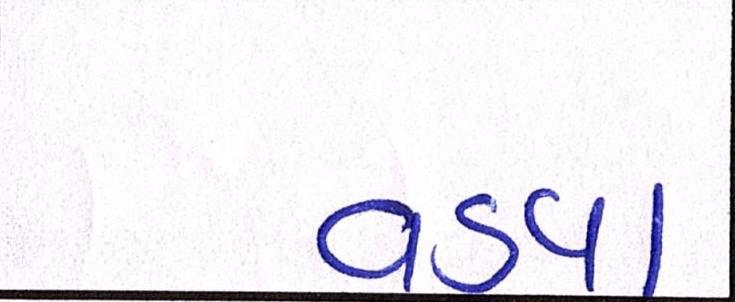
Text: વડવા